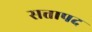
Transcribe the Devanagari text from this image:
सत्तापद